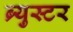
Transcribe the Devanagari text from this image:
ब्र्युस्टर